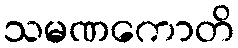
သမဏကောတိ